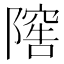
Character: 𨻴